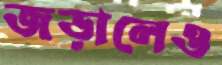
জড়ালেও